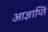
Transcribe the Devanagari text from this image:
आज्ञाप्ति